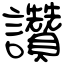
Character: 讚